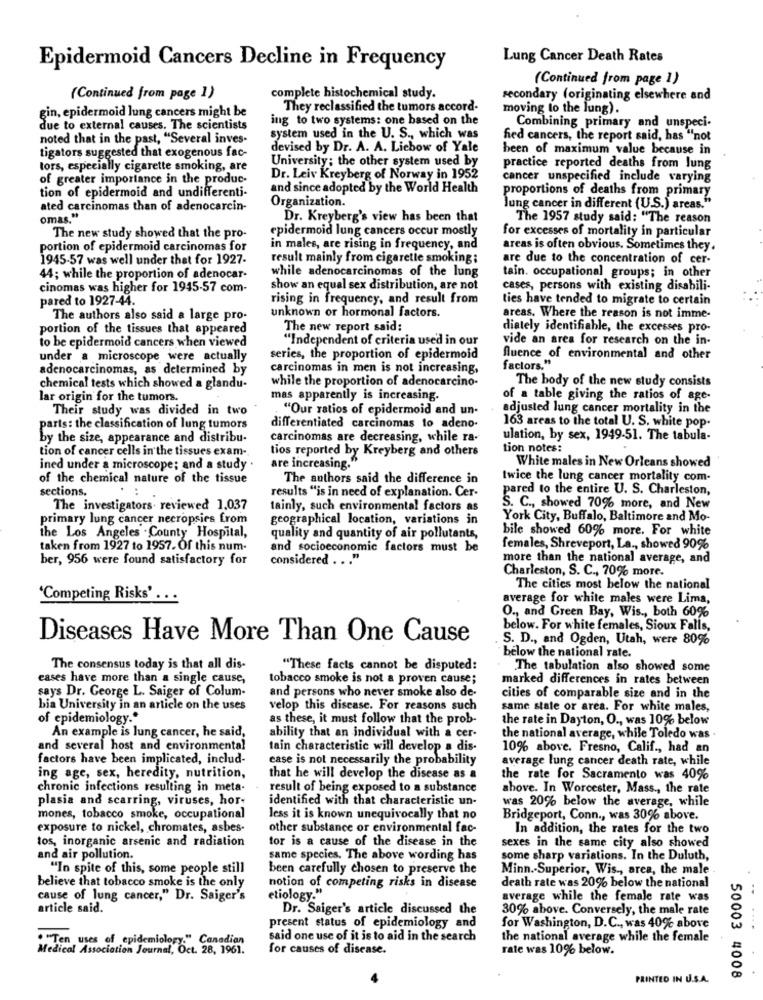
Lung Cancer Death Rates
Epidermoid Cancers Decline in Frequency
(Continued from page 1)
(Continued from page 1)
complete histochemical study.
secondary (originating elsewhere and
They reclassified the tumors accord.
moving to the lung).
gin, epidermoid lung cancers might be
ing to two systems: one based on the
due to external causes. The scientists
Combining primary and unspeci-
noted that in the past, "Several inves-
system used in the U. S ., which was
fied cancers, the report said, has "not
tigators suggested that exogenous fac-
devised by Dr. A. A. Liebow of Yale
been of maximum value because in
University ; the other system used by
tors, especially cigarette smoking, are
practice reported deaths from lung
of greater importance in the produc-
Dr. Leiv Kreyberg of Norway in 1952
cancer unspecified include varying
tion of epidermoid and undifferenti-
and since adopted by the World Health
Organization.
proportions of deaths from primary
ated carcinomas than of adenocarcin-
lung cancer in different (U.S.) areas."
omas."
Dr. Kreyberg's view has been that
The 1957 study said: "The reason
epidermoid lung cancers occur mostly
for excesses of mortality in particular
The new study showed that the pro-
portion of epidermoid carcinomas for
in males, are rising in frequency, and
areas is often obvious. Sometimes they
1945-57 was well under that for 1927-
result mainly from cigarette smoking ;
are due to the concentration of cer-
44; while the proportion of adenocar-
while adenocarcinomas of the lung
tain. occupational groups; in other
cinomas was higher for 1945-57 com-
show an equal sex distribution, are not
cases, persons with existing disabili-
pared to 1927-44.
rising in frequency, and result from
ties have tended to migrate to certain
The authors also said a large pro-
unknown or hormonal factors.
areas. Where the reason is not imme-
portion of the tissues that appeared
The new report said:
diately identifiable, the excesses pro-
to be epidermoid cancers when viewed
"Independent of criteria used in our
vide an area for research on the in-
under a microscope were actually
series, the proportion of epidermoid
fluence of environmental and other
factors."
adenocarcinomas, as determined by
carcinomas in men is not increasing,
while the proportion of adenocarcino-
The body of the new study consists
chemical tests which showed a glandu-
lar origin for the tumors.
mas apparently is increasing.
of a table giving the ratios of age-
Their study was divided in two
"Our ratios of epidermoid and un-
adjusted lung cancer mortality in the
163 areas to the total U. S. white pop-
parts: the classification of lung tumors
differentiated carcinomas to adeno-
by the size, appearance and distribu-
carcinomas are decreasing, while ra-
ulation, by sex, 1949-51. The tabula-
tion of cancer cells in the tissues exam-
tios reported by Kreyberg and others
tion notes:
ined under a microscope; and a study
are increasing."
White males in New Orleans showed
of the chemical nature of the tissue
The authors said the difference in
twice the lung cancer mortality com-
sections.
:
pared to the entire U. S. Charleston,
results "is in need of explanation. Cer-
The investigators. reviewed 1.037
tainly, such environmental factors as
S. C ., showed 70% more, and New
primary lung cancer necropsies from
geographical location, variations in
York City, Buffalo, Baltimore and Mo-
bile showed 60% more. For white
the Los Angeles . County Hospital,
quality and quantity of air pollutants,
taken from 1927 to 1957. Of this num-
and socioeconomic factors must be
females, Shreveport, La ., showed 90%
ber, 956 were found satisfactory for
considered
more than the national average, and
Charleston, S. C ., 70% more.
The cities most below the national
'Competing Risks' .. .
average for white males were Lima,
O ., and Green Bay, Wis ., both 60%
below. For white females, Sioux Falls,
Diseases Have More Than One Cause
S. D ., and Ogden, Utah, were 80%
below the national rate.
The consensus today is that all dis-
"These facts cannot be disputed:
The tabulation also showed some
cases have more than a single cause,
tobacco smoke is not a proven cause;
marked differences in rates between
says Dr. George L. Saiger of Colum-
and persons who never smoke also de-
cities of comparable size and in the
bia University in an article on the uses
velop this disease. For reasons such
same state or area. For white males,
of epidemiology."
as these, it must follow that the prob-
the rate in Dayton, O ., was 10% below
An example is lung cancer, he said,
ability that an individual with a cer-
the national average, while Toledo was .
and several host and environmental
tain characteristic will develop a dis-
10% above. Fresno, Calif ., had an
factors have been implicated, includ-
case is not necessarily the probability
average lung cancer death rate, while
ing age, sex, heredity, nutrition,
that he will develop the disease as a
the rate for Sacramento was 40%
chronic infections resulting in meta-
result of being exposed to a substance
shove. In Worcester, Mass ., the rate
plasia and scarring, viruses, hor-
identified with that characteristic un-
was 20% below the average, while
mones, tobacco smoke, occupational
less it is known unequivocally that no
Bridgeport, Conn ., was 30% above.
exposure to nickel, chromates, asbes-
other substance or environmental fac-
In addition, the rates for the two
tos, inorganic arsenic and radiation
for is a cause of the disease in the
sexes in the same city also showed
and air pollution.
same species. The above wording has
some sharp variations. In the Duluth,
"In spite of this, some people still
been carefully chosen to preserve the
Minn .- Superior, Wis ., area, the male
believe that tobacco smoke is the only
notion of competing risks in disease
etiology."
death rate was 20% below the national
cause of lung cancer," Dr. Saiger's
average while the female rate was
..
article said.
Dr. Saiger's article discussed the
30% above. Conversely, the male rate
present status of epidemiology and
for Washington, D.C ., was 40% above
""Ten, uses of epidemiology." Canadian
said one use of it is to aid in the search
the national average while the female
Medical Association Journal, Oct. 28, 1961.
for causes of disease.
rate was 10% below.
PRINTED IN U.S.A.
50003 4008